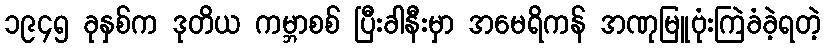
၁၉၄၅ ခုနှစ်က ဒုတိယ ကမ္ဘာစစ် ပြီးခါနီးမှာ အမေရိကန် အဏုမြူဗုံးကြဲခံခဲ့ရတဲ့